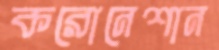
করোনেশান